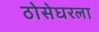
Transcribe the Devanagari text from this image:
ठोसेघरला